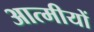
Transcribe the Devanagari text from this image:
आत्मीयों